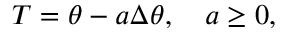
\begin{array} { r } { T = \theta - a \Delta \theta , \quad a \geq 0 , } \end{array}